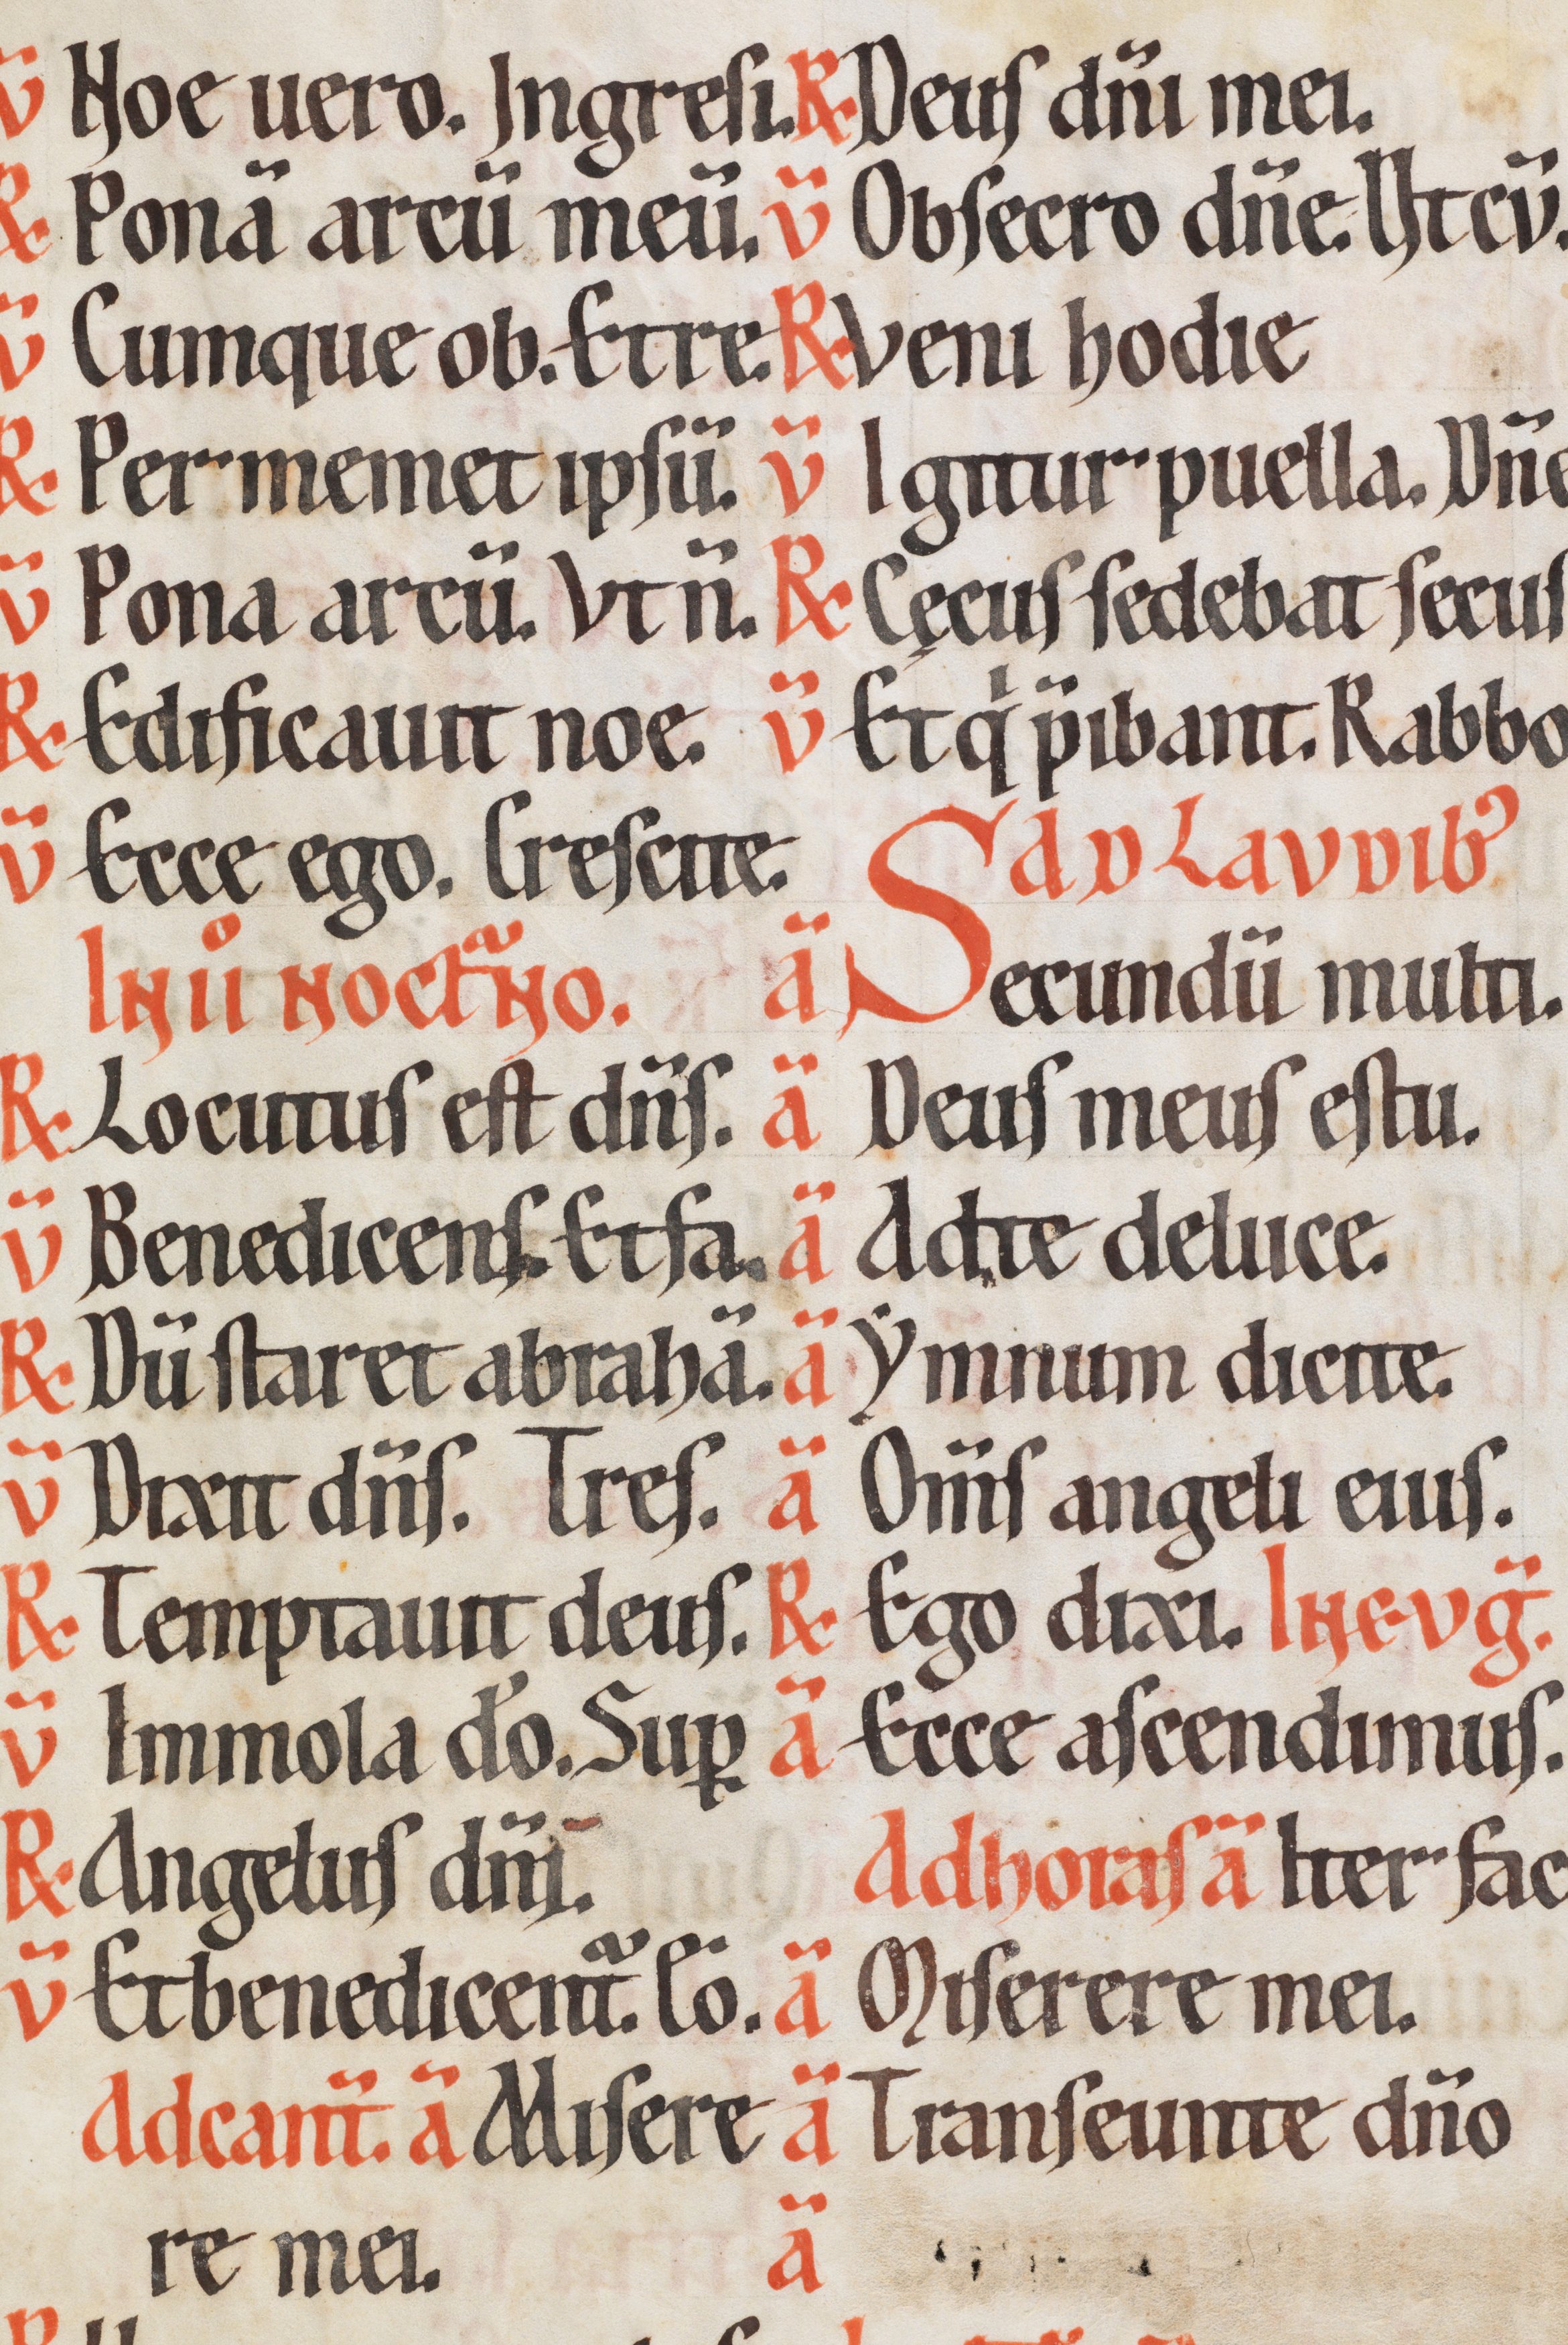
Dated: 1170–1230